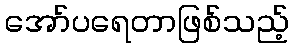
အော်ပရေတာဖြစ်သည့်